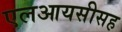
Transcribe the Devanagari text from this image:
एलआयसीसह